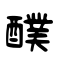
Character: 醭